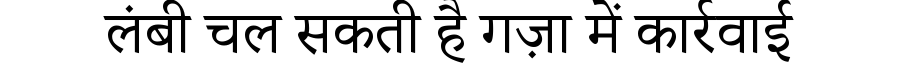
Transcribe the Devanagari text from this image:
लंबी चल सकती है गज़ा में कार्रवाई